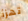
تهزأ